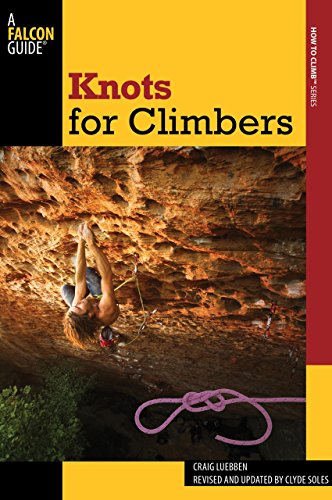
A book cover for Knots for Climbers (How To Climb Series); Craig Luebben; Sports & Outdoors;